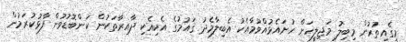
މީގެއިތުރުުން މިބިލު މަޖިލީހަށް ހުށައެޅުއްވުމާއެކު އެބިލާމެދު ޤައުމުގެ އެކިއެކި ދާއިރާތަކުން ކަންބޮޑުވުން ފާޅުކުރަމުން